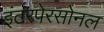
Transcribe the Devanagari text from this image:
इंटरपेरसोनल